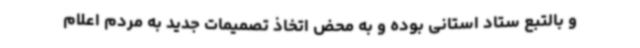
و بالتبع ستاد استانی بوده و به محض اتخاذ تصمیمات جدید به مردم اعلام